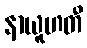
နာယူဟတီ